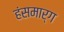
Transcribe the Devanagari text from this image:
हंसमार्ग